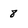
Character: 8